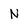
Character: N